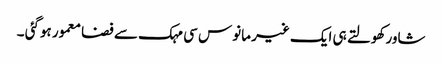
شاور کھولتے ہی ایک غیر مانوس سی مہک سے فضا معمور ہوگئی ۔